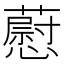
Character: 藯